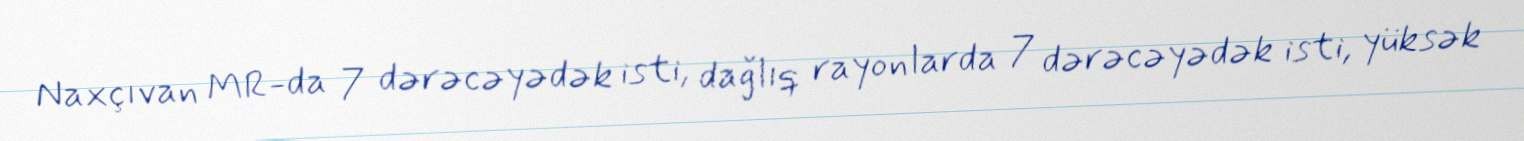
Naxçıvan MR-da 7 dərəcəyədək isti, dağlıq rayonlarda 7 dərəcəyədək isti, yüksək